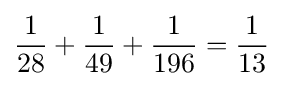
{\frac {1}{28}}+{\frac {1}{49}}+{\frac {1}{196}}={\frac {1}{13}}